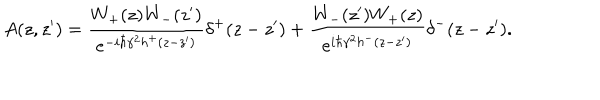
A ( z , z ^ { \prime } ) = \frac { W _ { + } ( z ) W _ { - } ( z ^ { \prime } ) } { e ^ { - i \hbar \gamma ^ { 2 } h ^ { + } ( z - z ^ { \prime } ) } } \delta ^ { + } ( z - z ^ { \prime } ) + \frac { W _ { - } ( z ^ { \prime } ) W _ { + } ( z ) } { e ^ { i \hbar \gamma ^ { 2 } h ^ { - } ( z - z ^ { \prime } ) } } \delta ^ { - } ( z - z ^ { \prime } ) .